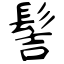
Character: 髻